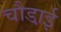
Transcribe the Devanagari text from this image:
चौडा़ई